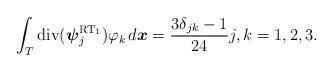
LaTeX: \begin{align*} \int_{T} \mathrm{div}({\boldsymbol\psi}^{\mathrm{RT}_1}_{j}) \varphi_k \, d\boldsymbol x = \frac{3 \delta_{jk} - 1}{24} j,k =1,2,3. \end{align*}